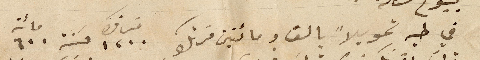
في طيه تحويلاً بالف ومائتين فرنك ١٢٠٠ فرنك حسنة ٦٠٠ مائة